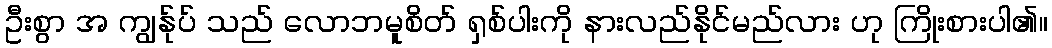
ဦးစွာ အ ကျွန်ုပ် သည် လောဘမူစိတ် ရှစ်ပါးကို နားလည်နိုင်မည်လား ဟု ကြိုးစားပါ၏။